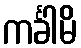
ကင်္ခါမိ